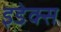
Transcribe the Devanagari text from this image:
इडेक्स